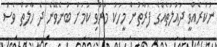
ނުކުރެއްވީ ދައުލަތެއްގެ ފަރާތުން މީހަކު މަރުވި ކަމަށް ބުނެވޭނެ ދެ ހާލަތް ވެސް